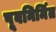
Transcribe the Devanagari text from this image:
पूवनिर्मित